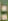
: